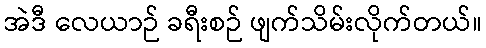
အဲဒီ လေယာဉ် ခရီးစဉ် ဖျက်သိမ်းလိုက်တယ်။